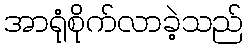
အာရုံစိုက်လာခဲ့သည်